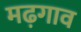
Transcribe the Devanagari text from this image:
मढ़गाव